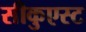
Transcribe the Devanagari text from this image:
सीकुएस्ट